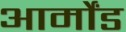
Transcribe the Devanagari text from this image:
आर्मोंड